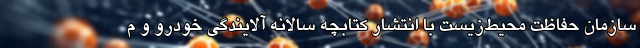
سازمان حفاظت محیط‌زیست با انتشار کتابچه سالانه آلایندگی خودرو و م